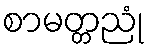
စာမတ္တညုံ